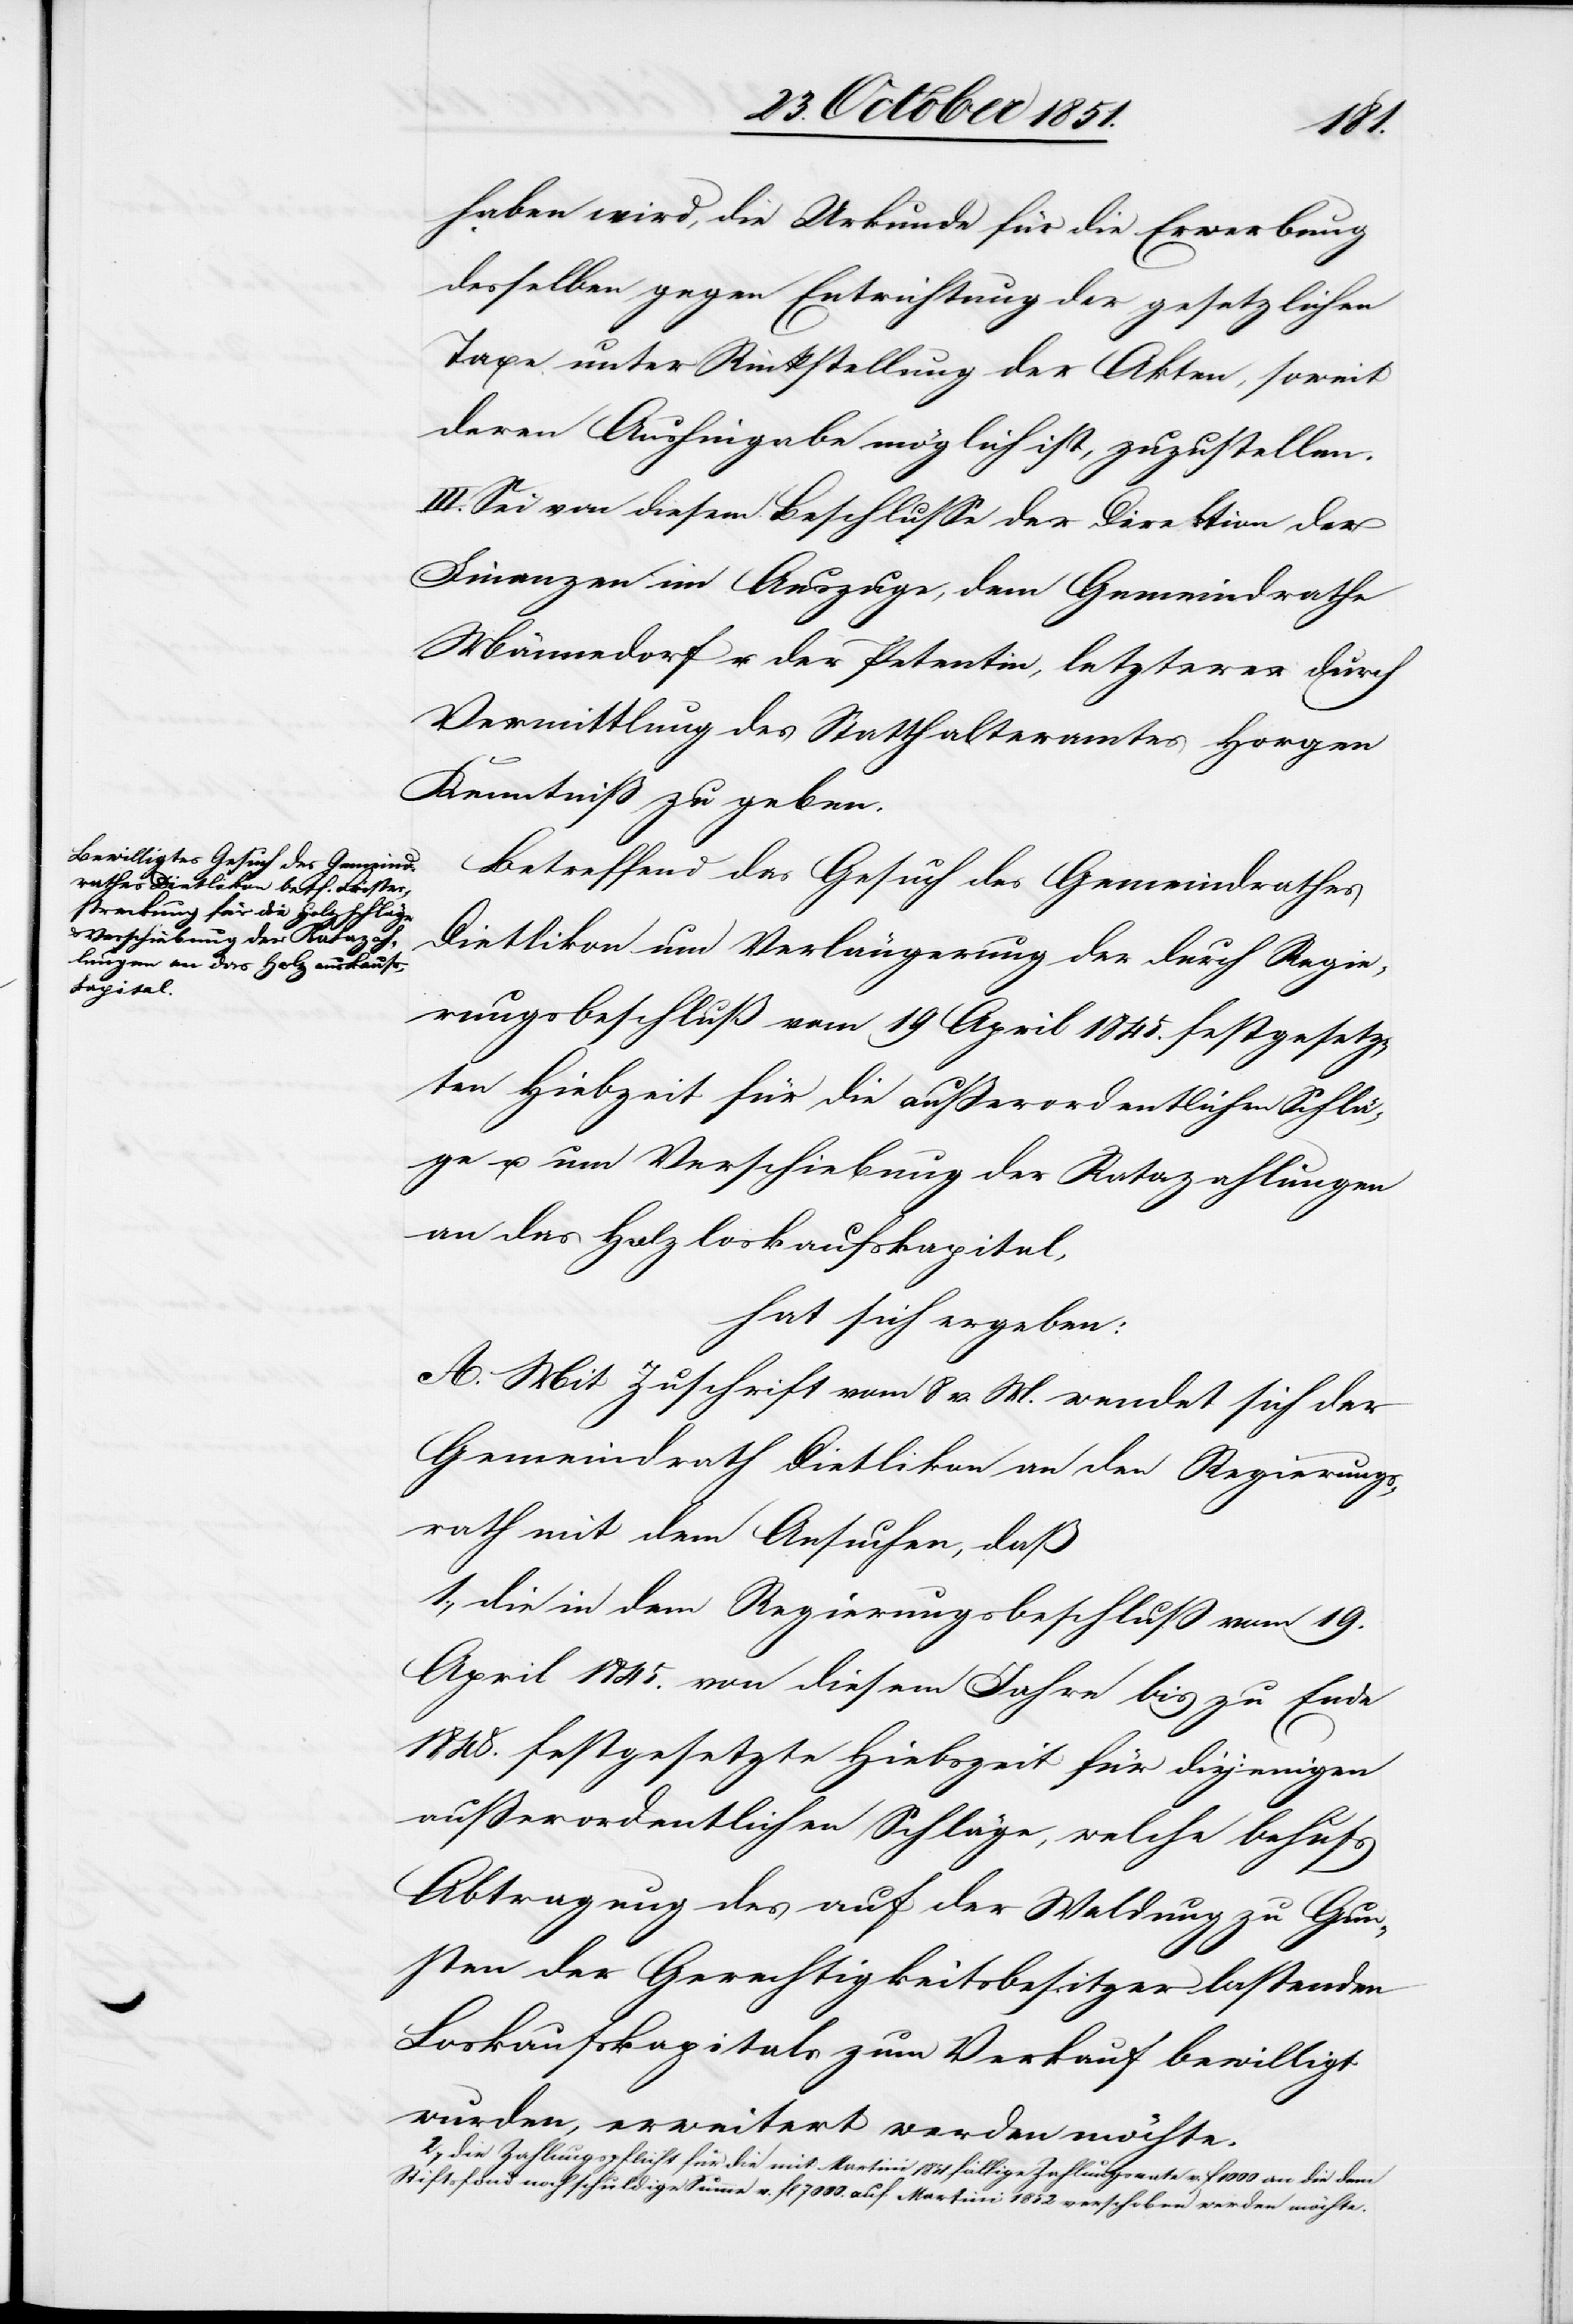
haben wird, die Urkunde für die Erwerbung
desselben gegen Entrichtung der gesetzlichen
Taxe unter Rückstellung der Akten, soweit
deren Aushingabe möglich ist, zuzustellen.
III. Sei von diesem Beschlusse der Direktion der
Finanzen im Auszuge, dem Gemeindrathe
Männedorf u. der Petentin, letzterer durch
Vermittlung des Statthalteramtes Horgen
Kenntniß zu geben.
Betreffend das Gesuch des Gemeindrathes
Dietlikon um Verlängerung der durch Regie¬
rungsbeschluß vom 19 April 1845. festgesetz¬
ten Hiebzeit für die außerordentlichen Schlä¬
ge u. um Verschiebung der Ratazahlungen
an das Holzloskaufskapital,
hat sich ergeben:
A. Mit Zuschrift vom 8 v. M. wendet sich der
Gemeindrath Dietlikon an den Regierungs¬
rath mit dem Ansuchen, daß
1., die in dem Regierungsbeschluß vom 19.
April 1845. von diesem Jahre bis zu Ende
1848. festgesetzte Hiebszeit für diejenigen
außerordentlichen Schläge, welche behufs
Abtragung des auf der Waldung zu Gun¬
sten der Gerechtigkeitsbesitzer lastenden
Loskaufskapitals zum Verkauf bewilligt
wurden, erweitert werden möchte.
2., die Zahlungspflicht für die mit Martini 1851. fällige Zahlungsrate v. f 1000 an die dem
Stiftsfond noch schuldige Summe v. fl 7000. auf Martini 1852 verschoben werden möchte.